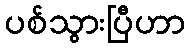
ပစ်သွားပြီဟာ